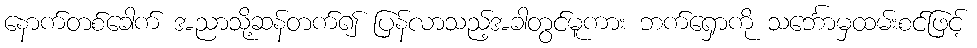
နောက်တစ်ခေါက် အညာသို့ဆန်တက်၍ ပြန်လာသည့်အခါတွင်မူကား ဘက်ရှောကို သင်္ဘောမှထမ်းစင်ဖြင့်